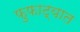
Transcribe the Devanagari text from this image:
फुफाट्यात